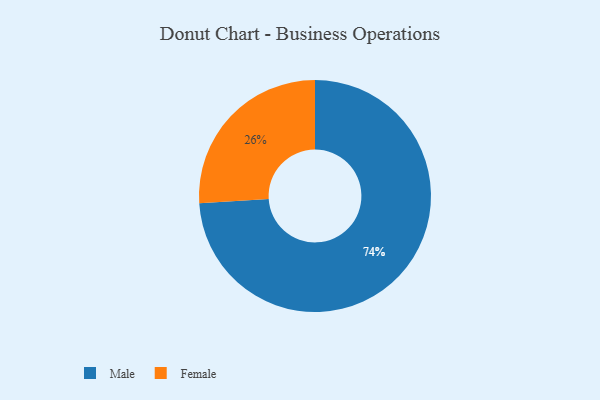
{"axis": {"x": "Category", "y": "Percentage"}, "legend": ["Female", "Male"], "data": [{"x": "Male", "y": 74, "type": "Male"}, {"x": "Female", "y": 26, "type": "Female"}]}